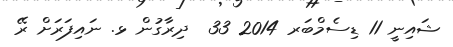
ޝައިނީ 11 ޑިސެމްބަރ 2014 33  ދިރާގުން ޅ. ނައިފަރަށް ރޭ